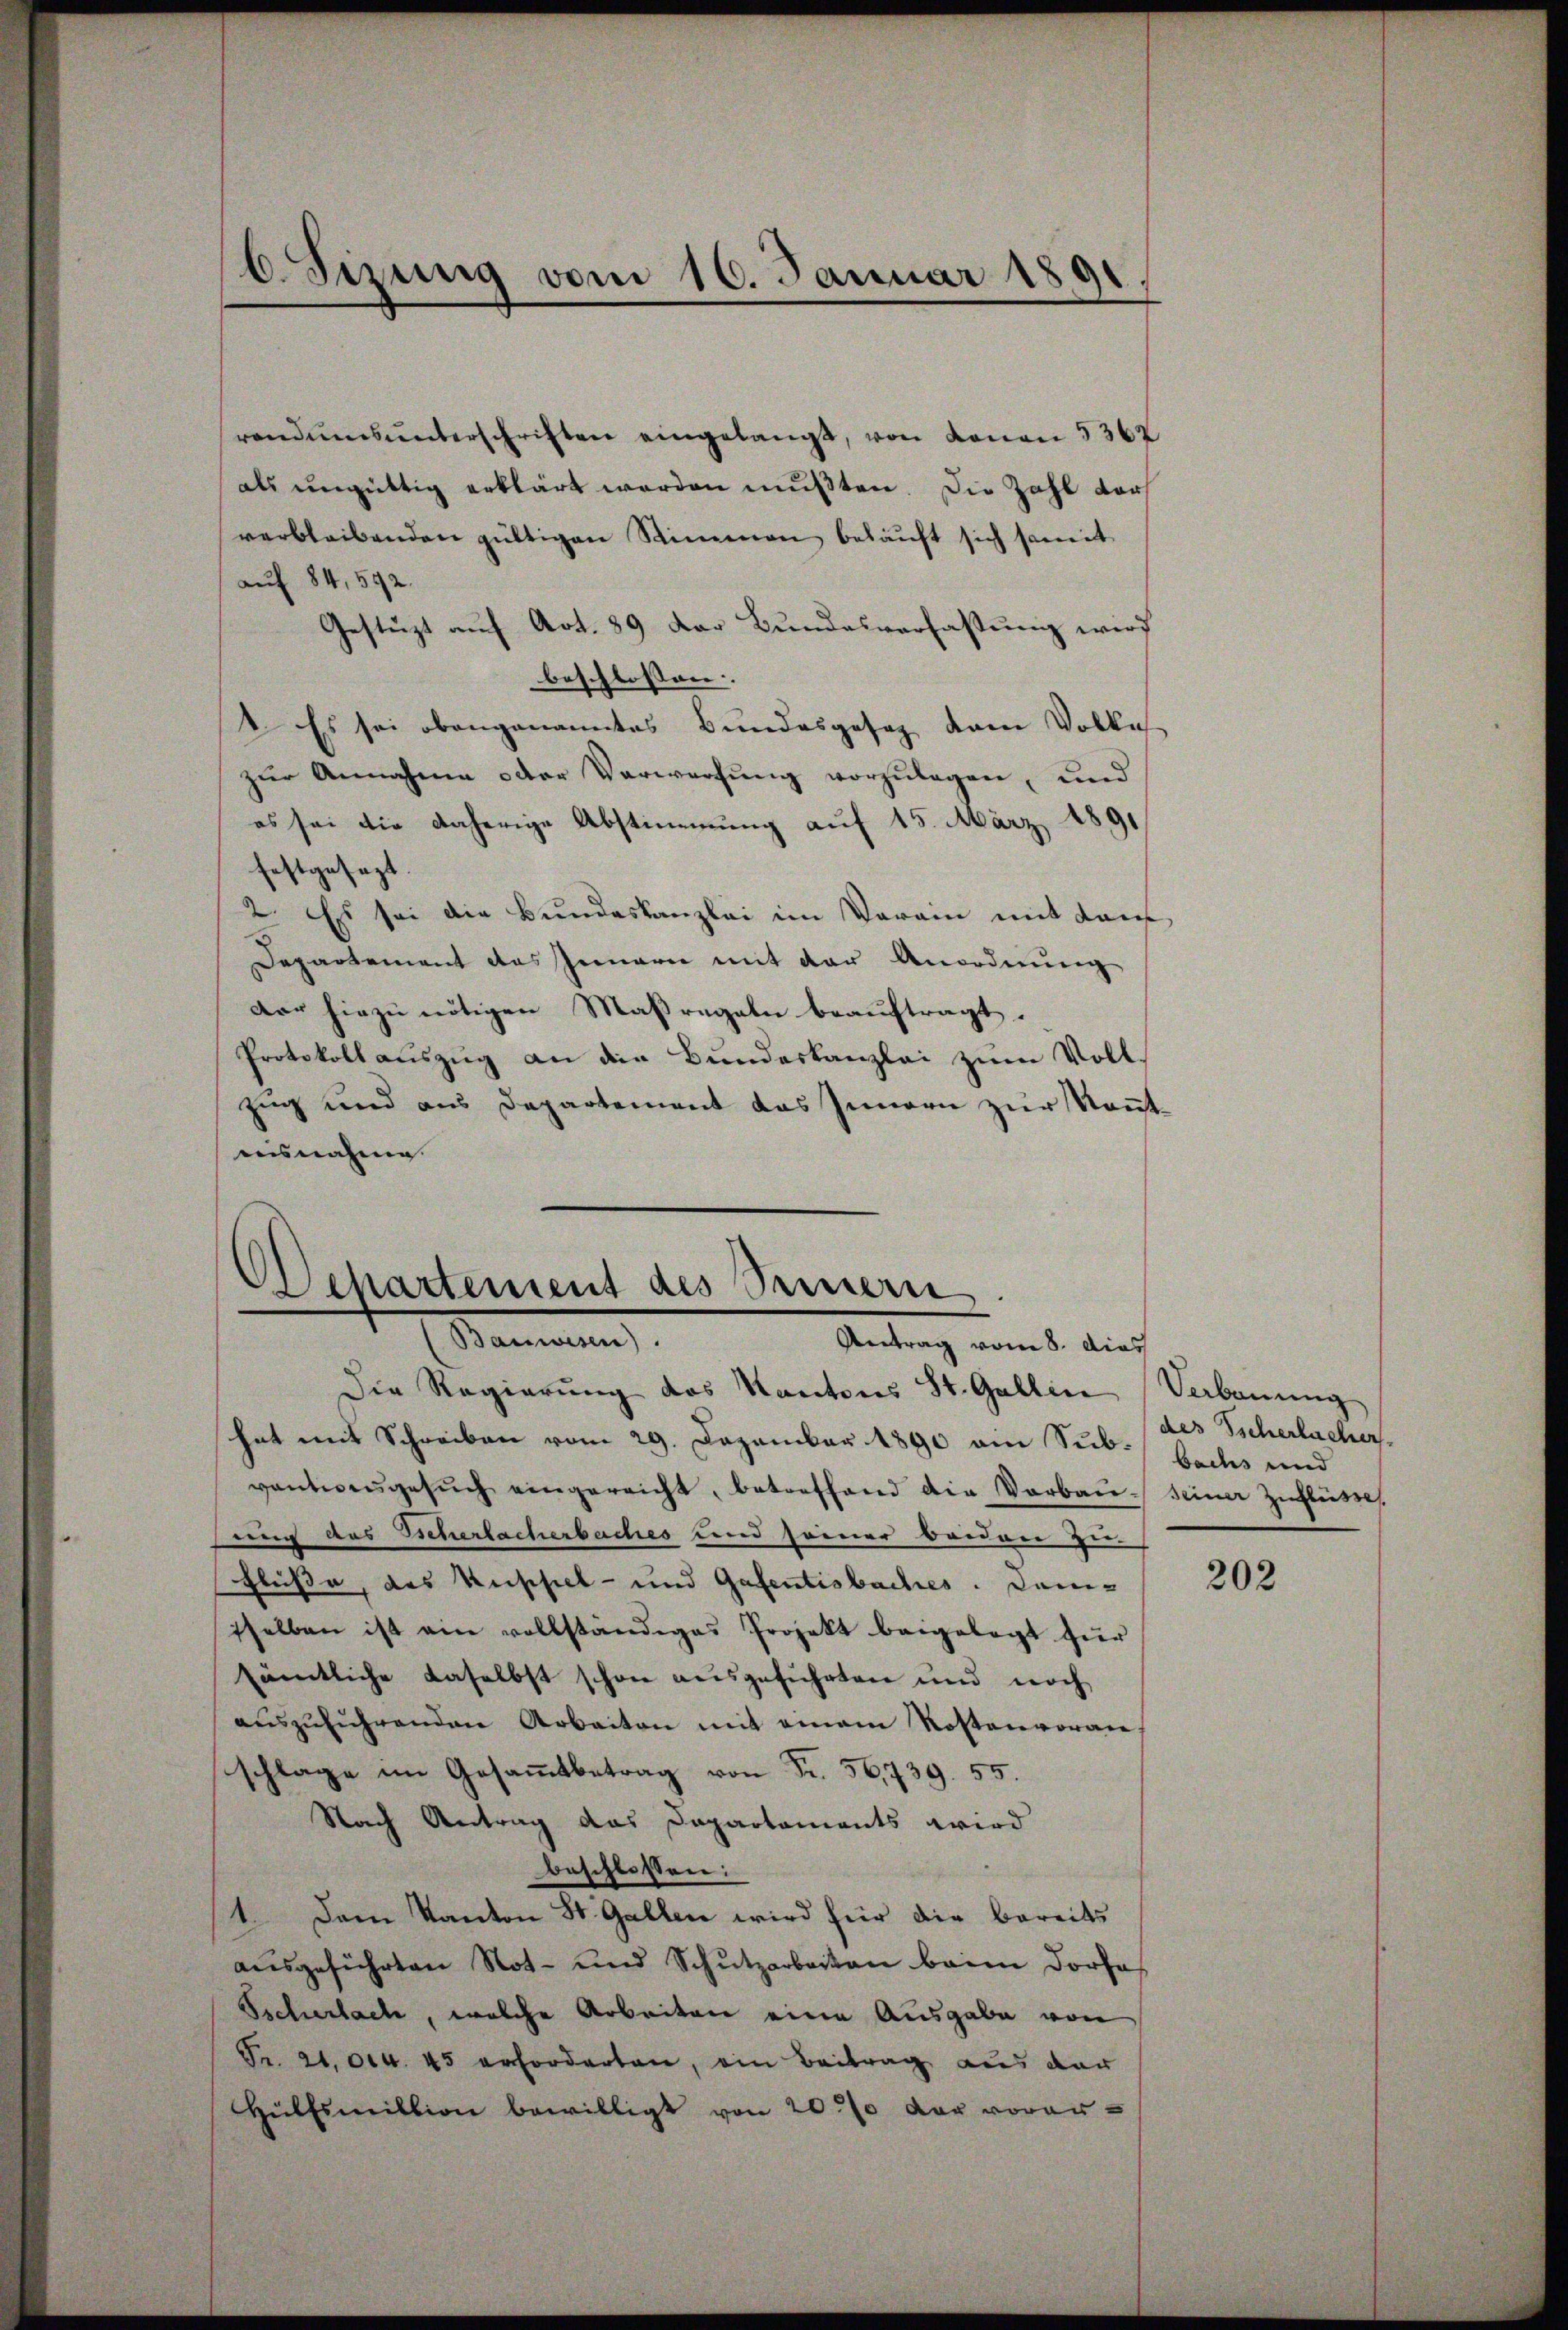
b. Sizung vom 10. Januar 1891.

randumsŭnterschriften eingelangt, von denen 3362
als ungültig erklärt werden mußten. Die Zahl darf
verbleibenden gültigen Stimmen beläuft sich somit
auf 84, 592.
Gestüzt auf Art. 89 der Bundesverfassung wird
beschlossen:
I. Es sei obangenanntes Bundesgesag dem Volkes
zur Annahme oder Verwerfung vorzulegen, und
es sei die daherige Abstimmung auf 15. März 1891
festgesezt
2. Es sei die Bundeskanzlei im Vorain mit dem
Departement des Innern mit der Anordnung
dar hiezu nötigen Maßregeln beauftragt.
Protokollauszug an die Bundeskanzlei zum Vollzug und aus Departement das Innern zur Kenntaisnahme.

Achartement des Seinern
Bauren
Antrag vom 8. dies

Die Regierung des Kantons St. Gallin
hat mit Schreiben vom 29. Dezember 1890 ain Subvantiersgesŭch eingereicht, betreffend die Verbaŭ seiner Zuflüsse.
sung des Scherlacherbaches und seiner Breden zu
Flüße, das Kuspiel- und Gasentisbaches. Demsselben ist ein vollständiges Projekt beigelegt für
sämtliche daselbst schon ausgeführten und noch
aŭszŭführenden Arbeiten mit einem Kostenvoranschlage im Gesammtbetrag von Fr. 56,739. 55.
Nach Antrag das Departaments wird
beschlossen:
1. Dem Kanton St. Gallen wird für die bereits
ausgeführten Not- und Schutzarbeiten beim Dorfe
Tscherlach, welche Arbeiten eine Ausgabe von
Fr. 21. Oct. 45 erforderten, ein Beitrag aus der
Hülfsmillion bewilligt von 200 der voran¬

Verbauung
des scherbacher
bachs und

202